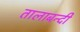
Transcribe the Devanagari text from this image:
तालाबन्दी